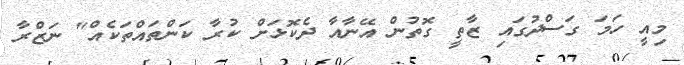
މިއީ ހަމަ ގަސްދުގައި ޒާތީ ގޮތުން އޭނާއާ ދެކޮޅަށް ކުރާ ކަންތައްތަކެއް" ނަޒްރާ